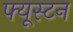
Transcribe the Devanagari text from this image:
फ्यूस्टन